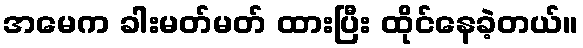
အမေက ခါးမတ်မတ် ထားပြီး ထိုင်နေခဲ့တယ်။